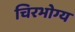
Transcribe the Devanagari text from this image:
चिरभोग्य